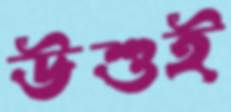
উশুই